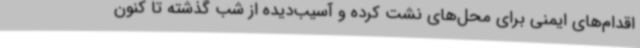
اقدام‌های ایمنی برای محل‌های نشت کرده و آسیب‌دیده از شب گذشته تا کنون